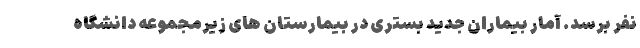
نفر برسد. آمار بیماران جدید بستری در بیمارستان های زیرمجموعه دانشگاه